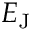
E _ { \mathrm { { J } } }